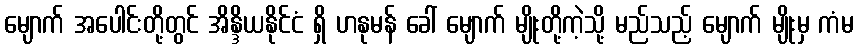
မျောက် အပေါင်းတို့တွင် အိန္ဒိယနိုင်ငံ ရှိ ဟနုမန် ခေါ် မျောက် မျိုးတို့ကဲ့သို့ မည်သည့် မျောက် မျိုးမှ ကံမ